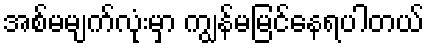
အစ်မမျက်လုံးမှာ ကျွန်မမြင်နေရပါတယ်